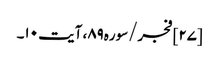
[۲۷] فجر/سوره۸۹، آیت ۱۰۔